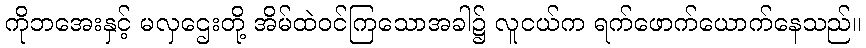
ကိုဘအေးနှင့် မလှဌေးတို့ အိမ်ထဲဝင်ကြသောအခါ၌ လူငယ်က ရက်ဖောက်ယောက်နေသည်။